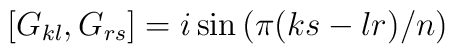
\left[ G_{kl},G_{rs}\right] =i\sin \left( \pi (ks-lr)/n\right)